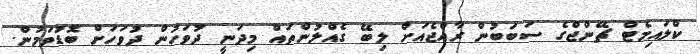
ކްލައިމެޓް ޗޭންޖްގެ ސަބަބުން ރާއްޖެއަށް ލިބޭ ގެއްލުންތައް މިދަނީ ދުވަހުން ދުވަހަށް ބޮޑުވަމުން.